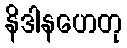
နိဒါနဟေတု